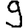
Digit: 9